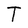
Character: T